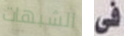
الشبهات فى